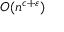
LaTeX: O ( n ^ { c + \varepsilon } )